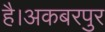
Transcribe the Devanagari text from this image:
है।अकबरपुर